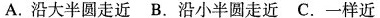
A.沿大半圆走近B.沿小半圆走近C.一样近